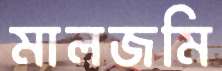
মালজমি